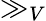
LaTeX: \gg_{V}